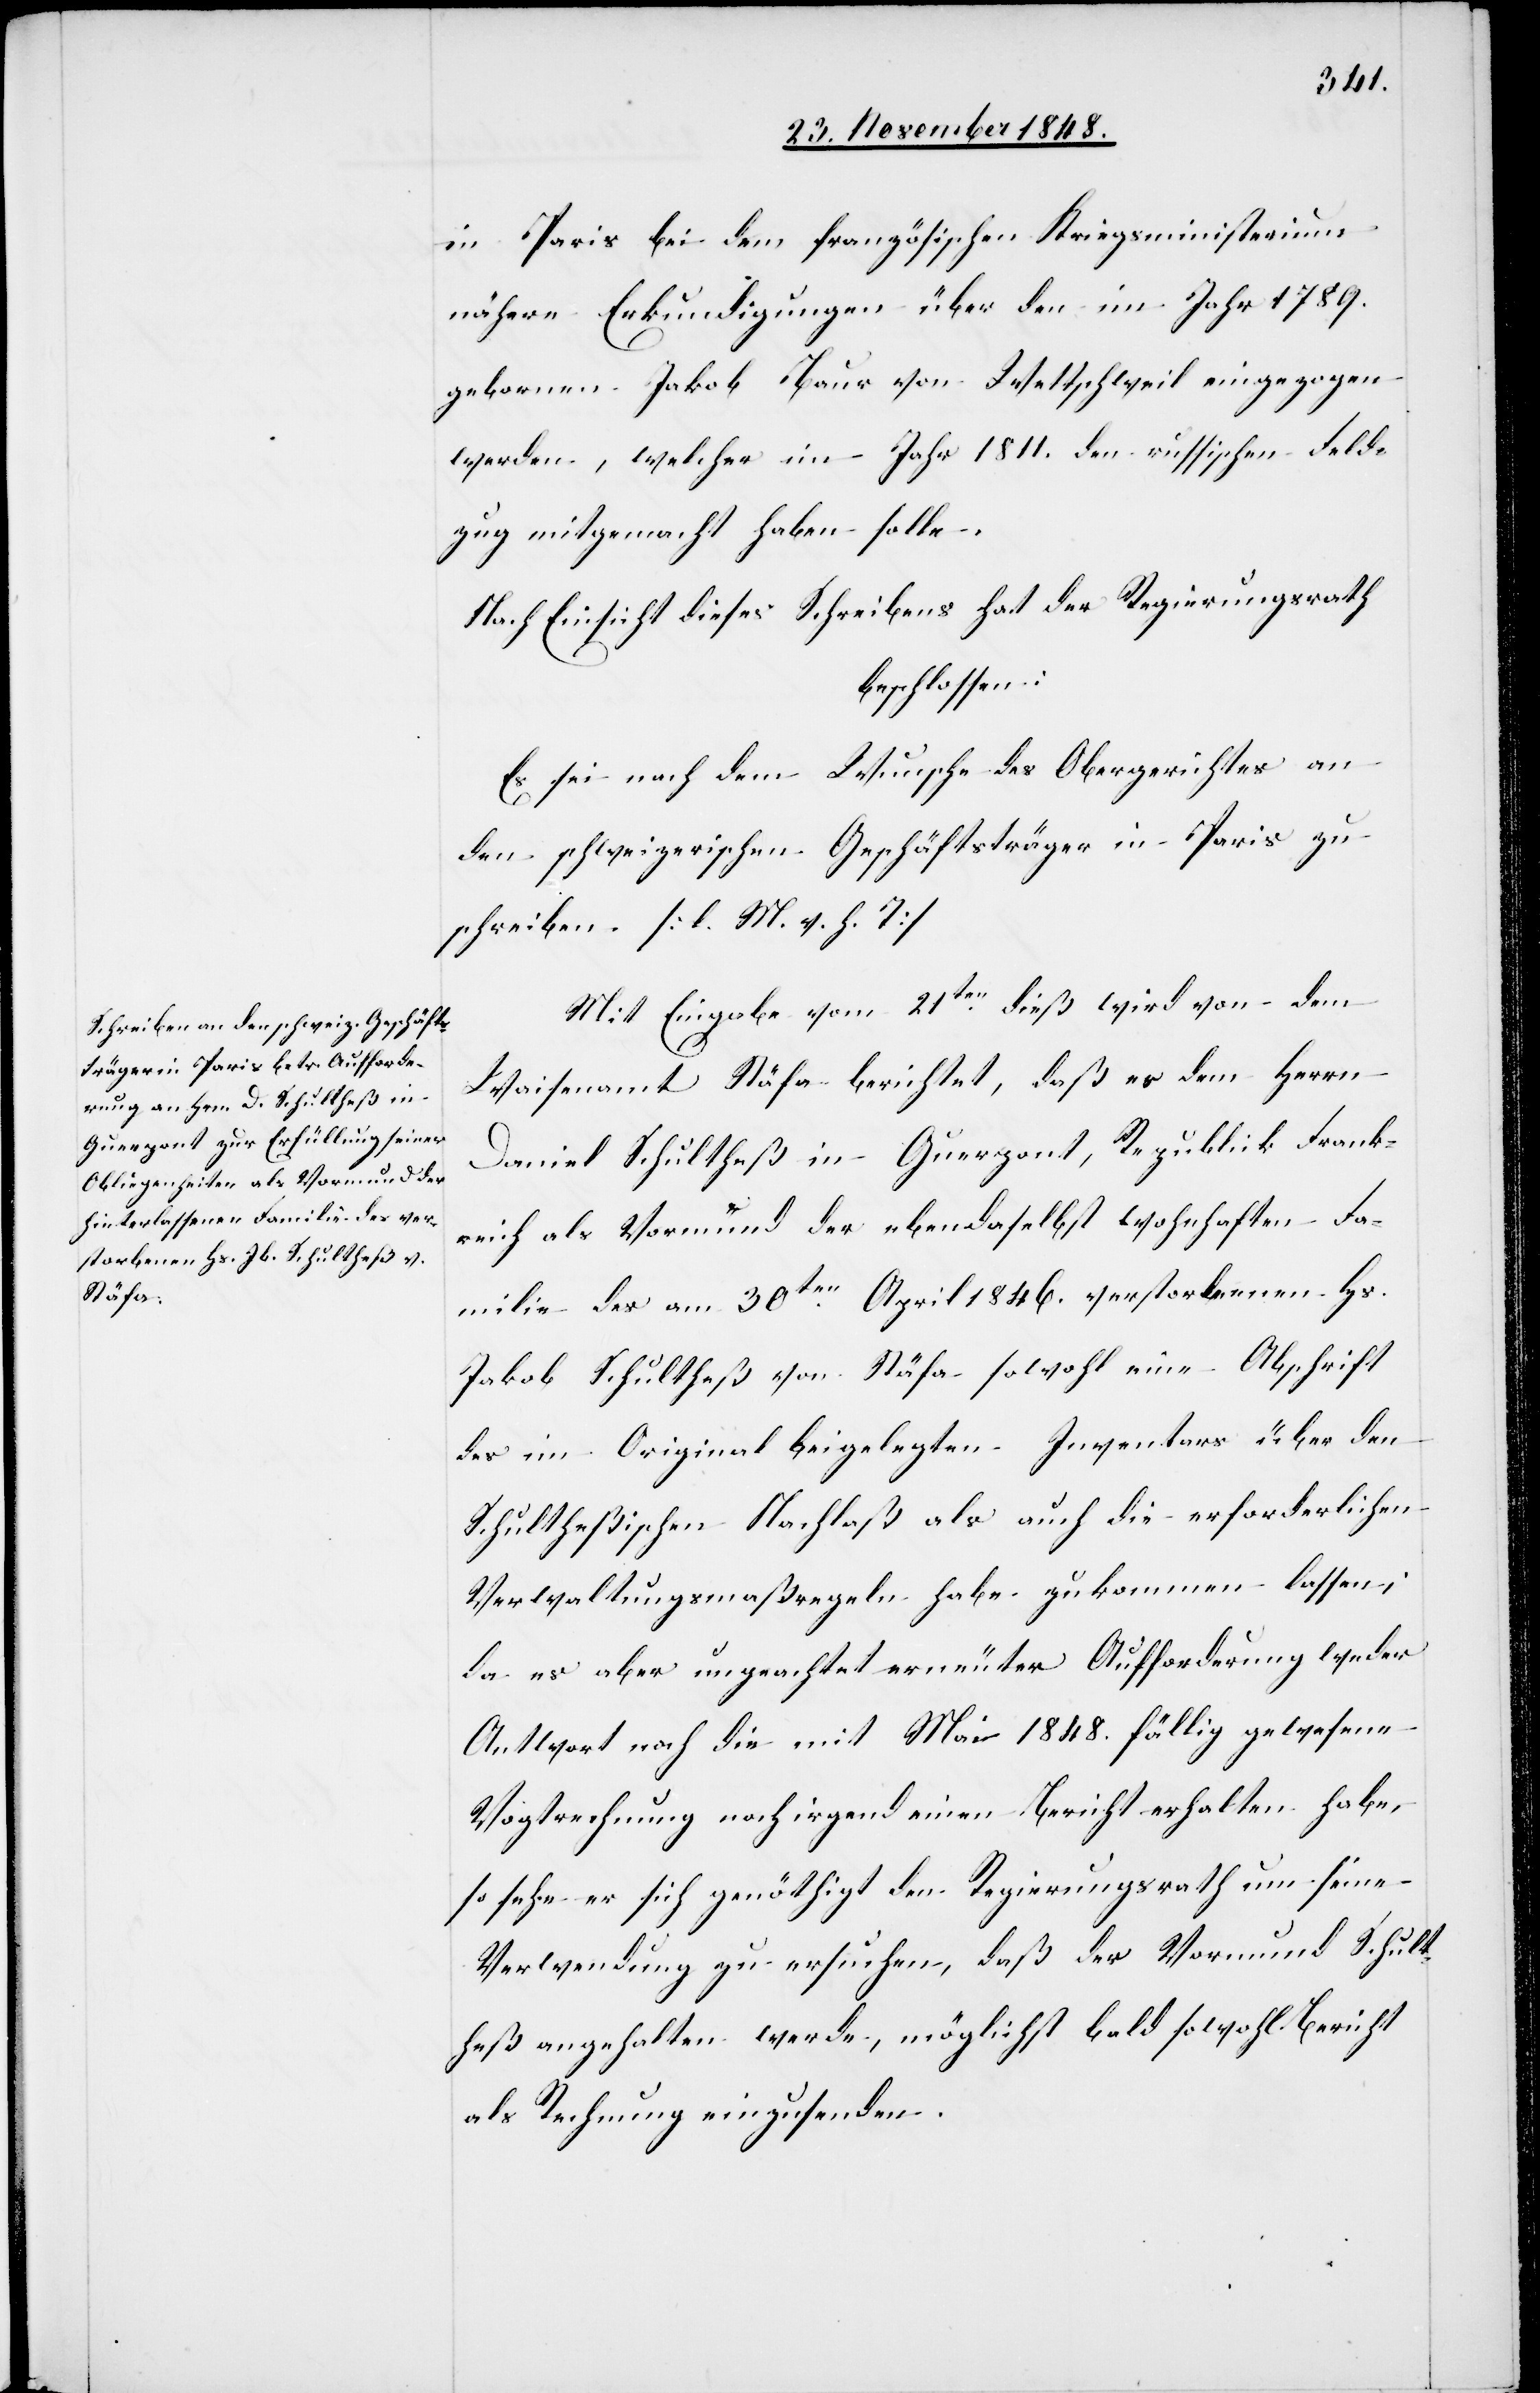
in Paris bei dem französischen Kriegsministerium
nähere Erkundigungen über den im Jahr 1789.
gebornen Jakob Baur von Wettschweil eingezogen
werden, welcher im Jahr 1811. den russischen Feld¬
zug mitgemacht haben solle.
Nach Einsicht dieses Schreibens hat der Regierungsrath
beschlossen:
Es sei nach dem Wunsche des Obergerichtes an
den schweizerischen Geschäftsträgers in Paris zu
schreiben. [l. M. v. h. T]
Mit Eingabe vom 21ten dieß wird von dem
Waisenamt Stäfa berichtet, daß es dem Herrn
Daniel Schultheß in Guerpont, Republik Frank¬
reich als Vormund der ebendaselbst wohnhaften Fa¬
milie des am 30ten April 1846. verstorbenen Hs.
Jakob Schultheß von Stäfa sowohl eine Abschrift
des im Original beigelegten Inventars über den
Schultheßischen Nachlaß als auch die erforderlichen
Verwaltungsmaßregeln habe zukommen lassen,
da es aber ungeachtet erneuter Aufforderung weder
Antwort noch die mit Mai 1848. fällig gewesene
Vogtrechnung noch irgend einen Bericht erhalten habe,
so sehe er sich genöthigt den Regierungsrath um seine
Verwendung zu ersuchen, daß der Vormund Schult¬
heß angehalten werde, möglichst bald sowohl Bericht
als Rechnung einzusenden.